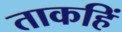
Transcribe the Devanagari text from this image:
ताकहिं